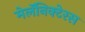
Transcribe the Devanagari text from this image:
मेलॅनिक्टेरस